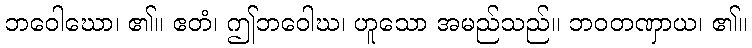
ဘဝေါဃော၊ ၏။ ဧတံ၊ ဤဘဝေါဃ၊ ဟူသော အမည်သည်။ ဘဝတဏှာယ၊ ၏။